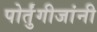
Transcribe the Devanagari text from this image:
पोर्तुंगीजांनी